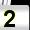
Digit: 2